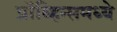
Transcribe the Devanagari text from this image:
प्रॉव्हिन्समध्ये